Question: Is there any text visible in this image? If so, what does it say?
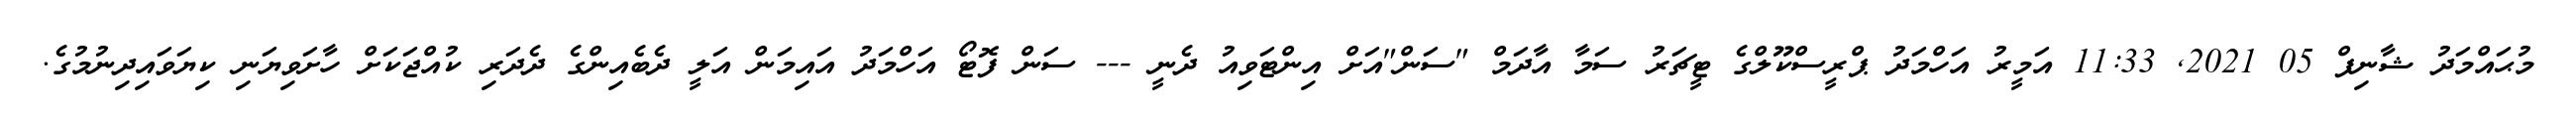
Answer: މުޙައްމަދު ޝާނިފް 05 2021, 11:33 އަމީރު އަހްމަދު ޕްރީސްކޫލްގެ ޓީޗަރު ސަމާ އާދަމް "ސަން"އަށް އިންޓަވިއު ދެނީ --- ސަން ފޮޓޯ އަހްމަދު އައިމަން އަލީ ދެބެއިންގެ ދެދަރި ކުއްޖަކަށް ހާށަވިޔަނި ކިޔަވައިދިނުމުގެ.